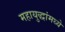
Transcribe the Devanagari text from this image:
महायुद्धांमध्ये